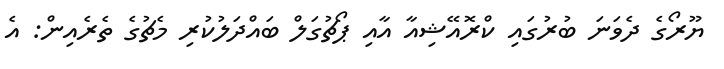
ޔޫރޯގެ ދެވަނަ ބުރުގައި ކްރޮއޭޝިއާ އާއި ޕޯޗުގަލް ބައްދަލުކުރި މެޗުގެ ތެރެއިން: އެ